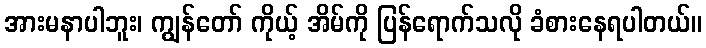
အားမနာပါဘူး၊ ကျွန်တော် ကိုယ့် အိမ်ကို ပြန်ရောက်သလို ခံစားနေရပါတယ်။